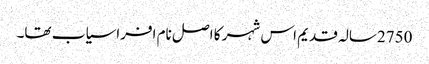
2750سالہ قدیم اس شہر کا اصل نام افراسیاب تھا۔